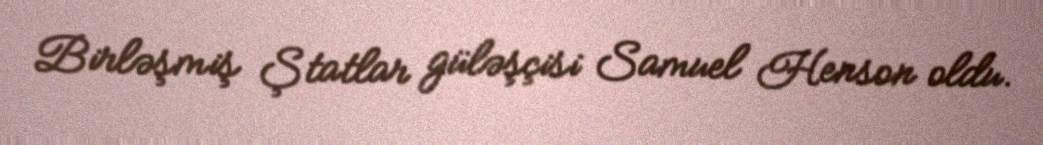
Birləşmiş Ştatlar güləşçisi Samuel Henson oldu.